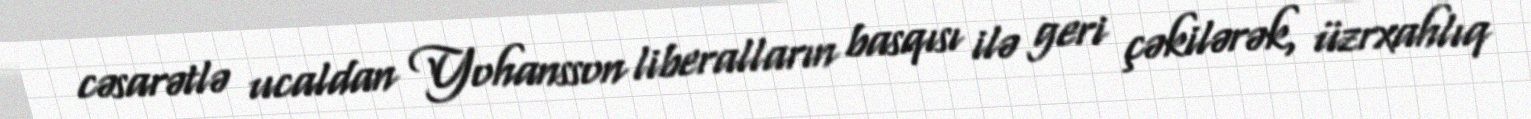
cəsarətlə ucaldan Yohansson liberalların basqısı ilə geri çəkilərək, üzrxahlıq